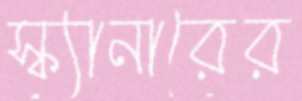
স্ক্যানারের